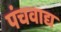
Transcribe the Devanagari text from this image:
पंचवाद्य